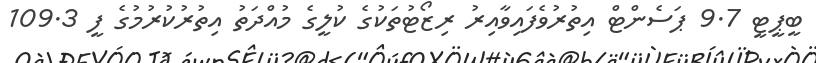
ބީޕީޓީ 9.7 ޕަސެންޓް އިތުރުވެފައިވާއިރު ރިޒޯޓުތަކުގެ ކުލީގެ މުއްދަތު އިތުރުކުރުމުގެ ފީ 109.3